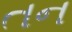
તન